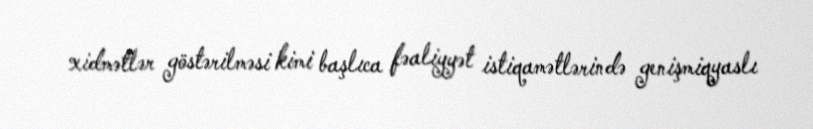
xidmətlər göstərilməsi kimi başlıca fəaliyyət istiqamətlərində genişmiqyaslı